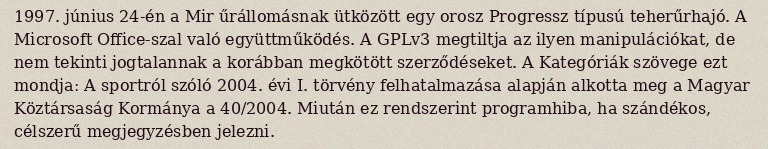
1997. június 24-én a Mir űrállomásnak ütközött egy orosz Progressz típusú teherűrhajó. A Microsoft Office-szal való együttműködés. A GPLv3 megtiltja az ilyen manipulációkat, de nem tekinti jogtalannak a korábban megkötött szerződéseket. A Kategóriák szövege ezt mondja: A sportról szóló 2004. évi I. törvény felhatalmazása alapján alkotta meg a Magyar Köztársaság Kormánya a 40/2004. Miután ez rendszerint programhiba, ha szándékos, célszerű megjegyzésben jelezni.